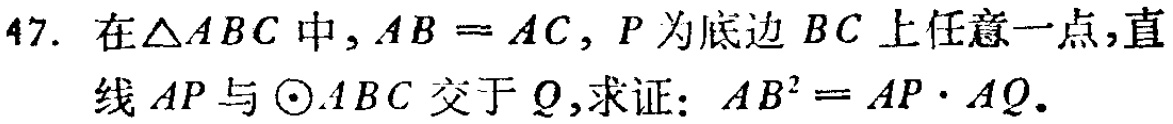
47. 在$\triangle ABC$中，$AB = AC$，$P$为底边$BC$上任意一点，直线$AP$与$\odot ABC$交于$Q$，求证：$AB^{2}=AP\cdot AQ$。